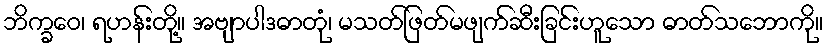
ဘိက္ခဝေ၊ ရဟန်းတို့။ အဗျာပါဒဓာတုံ၊ မသတ်ဖြတ်မဖျက်ဆီးခြင်းဟူသော ဓာတ်သဘောကို။